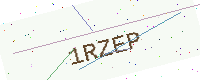
Text: 1RZEP